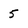
Character: 5